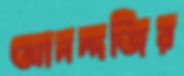
আনন্দজির